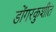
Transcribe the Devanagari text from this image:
डोंगरकुशीत